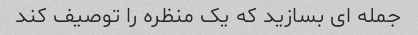
جمله ای بسازید که یک منظره را توصیف کند